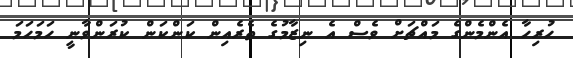
ހުރިހާ އެންމެންގެ މައްޗަށް ވެސް އެ ނިޒާމުގެ ތެރެއިން ކަންކަން ކުރަންވާނީ ހަމަހަމަ